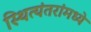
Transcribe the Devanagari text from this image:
स्थित्यंतरांमध्ये